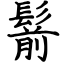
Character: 鬋